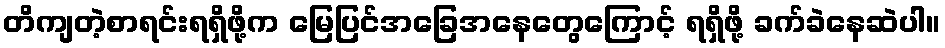
တိကျတဲ့စာရင်းရရှိဖို့က မြေပြင်အခြေအနေတွေကြောင့် ရရှိဖို့ ခက်ခဲနေဆဲပါ။